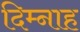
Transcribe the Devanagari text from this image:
दिम्नाह